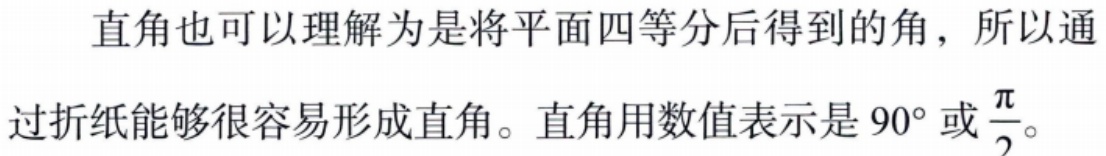
直角也可以理解为是将平面四等分后得到的角，所以通过折纸能够很容易形成直角。直角用数值表示是 \(90^{\circ}\) 或 \(\frac{\pi}{2}\)。